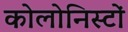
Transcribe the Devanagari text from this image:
कोलोनिस्टों